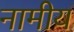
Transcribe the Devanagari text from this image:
नामीय